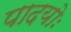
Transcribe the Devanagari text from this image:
पादयोः